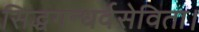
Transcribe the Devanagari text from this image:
सिद्धगन्धर्वसेविता।